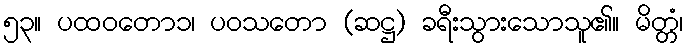
၅၃။ ပထဝတော၁၊ ပဝသတော (ဆဋ္ဌ) ခရီးသွားသောသူ၏။ မိတ္တံ၊